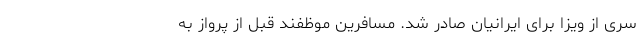
سری از ویزا برای ایرانیان صادر شد. مسافرین موظفند قبل از پرواز به